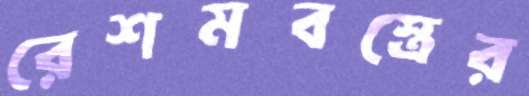
রেশমবস্ত্রের